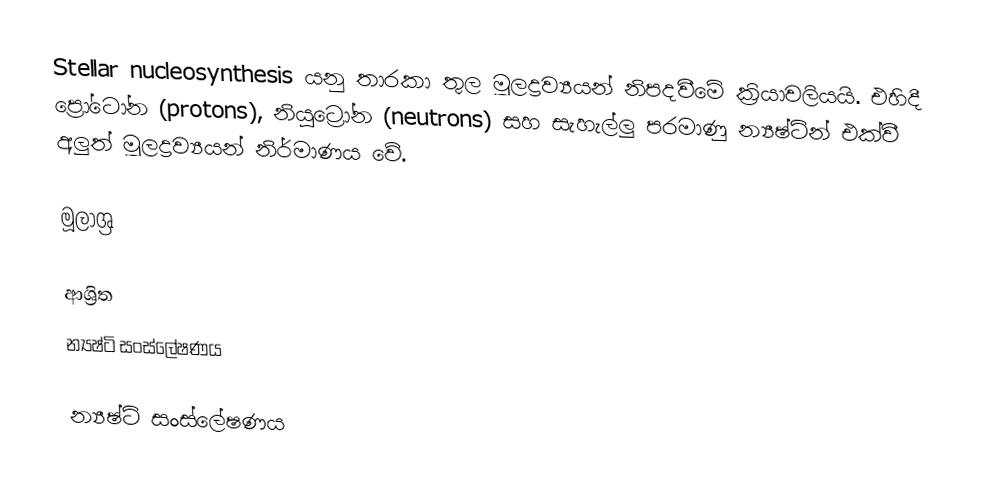
Stellar nucleosynthesis යනු තාරකා තුල මූලද්‍රව්‍යයන් නිපදවීමේ ක්‍රියාවලියයි. එහිදී ප්‍රෝටෝන (protons), නියුට්‍රෝන (neutrons) සහ සැහැල්ලු පරමාණු න්‍යෂ්ටින් එක්වී අලුත් මූලද්‍රව්‍යයන් නිර්මාණය වේ.

මූලාශ්‍ර

ආශ්‍රිත
 න්‍යෂ්ටි සංස්ලේෂණය

න්‍යෂ්ටි සංස්ලේෂණය